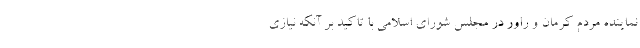
نماینده مردم کرمان و راور در مجلس شورای اسلامی با تاکید بر آنکه نیازی